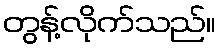
တွန့်လိုက်သည်။